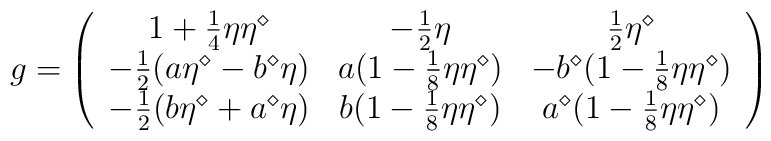
g=\left(\begin{array}{ccc}1+{1\over 4}\eta\eta^\diamond&-{1\over 2}\eta&{1\over 2}\eta^\diamond\\-{1\over 2}(a\eta^\diamond-b^\diamond\eta)&a(1-{1\over  8}\eta\eta^\diamond)&-b^\diamond(1-{1\over 8}\eta\eta^\diamond)\\-{1\over 2}(b\eta^\diamond+a^\diamond\eta)&b(1-{1\over  8}\eta\eta^\diamond)& a^\diamond(1-{1\over 8}\eta\eta^\diamond)\end{array}\right)